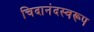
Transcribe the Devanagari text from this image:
चिदानंदस्वरूप